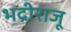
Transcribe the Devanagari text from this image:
भद्रीराजू